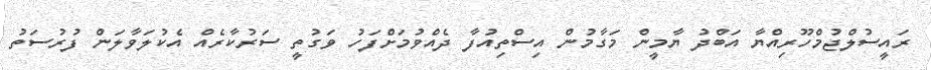
ރައީސުލްޖުމްހޫރިއްޔާ އަބްދު ޔާމީން މަގާމުން އިސްތިއުފާ ދެއްވުމަށްފަހު ވަގުތީ ސަރުކާރެއް އެކުލަވާލަން ފުރުސަތު